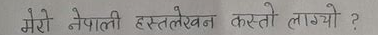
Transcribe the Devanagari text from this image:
मेरो नेपाली हस्तलेखन कस्तो लाग्यो ?